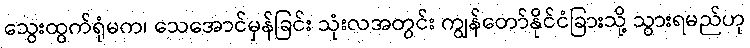
သွေးထွက်ရုံမက၊ သေအောင်မှန်ခြင်း သုံးလအတွင်း ကျွန်တော်နိုင်ငံခြားသို့ သွားရမည်ဟု